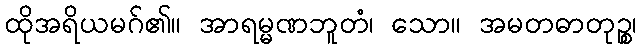
ထိုအရိယမဂ်၏။ အာရမ္မဏဘူတံ၊ သော။ အမတဓာတုဉ္စ၊